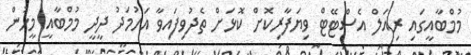
މުމްބާއީގައި ރިއަލް އެސްޓޭޓް ވިޔަފާރިކޮށް ކޮޅަށް ތެދުވިފައިވާ އަހުމަދު ދީދީ މުމްބާއީ މީހުން